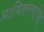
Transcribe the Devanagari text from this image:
प्राधिकरणांच्या